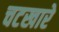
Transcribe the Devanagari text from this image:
चटखारे